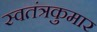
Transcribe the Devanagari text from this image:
स्वतंत्रकुमार